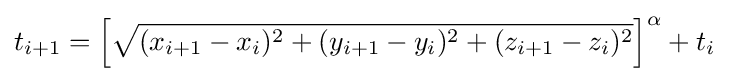
t_{i+1}=\left[{\sqrt {(x_{i+1}-x_{i})^{2}+(y_{i+1}-y_{i})^{2}+(z_{i+1}-z_{i})^{2}}}\right]^{\alpha }+t_{i}